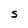
Character: S